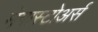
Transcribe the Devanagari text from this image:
मेगास्टोअर्स